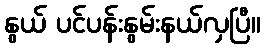
နွယ် ပင်ပန်းနွမ်းနယ်လှပြီ။